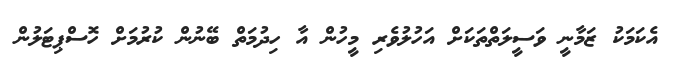
އެކަމަކު ޒަމާނީ ވަސީލަތްތަކަށް އަހުލުވެރި މީހުން އާ ހިދުމަތް ބޭނުން ކުރުމަށް ހޮސްޕިޓަލުން